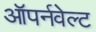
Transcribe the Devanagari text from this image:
ऑपर्नवेल्ट